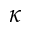
\kappa